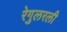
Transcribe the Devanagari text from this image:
रेगुलरली